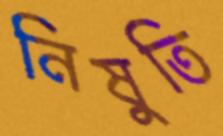
নিষুতি